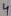
Text: 4